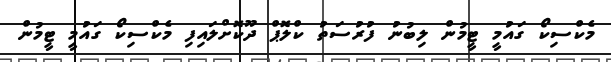
މެކްސިކޯ ގައުމީ ޓީމުން ލިބުނު ފުރުސަތު ކްލޮޕް ދޫކޮށްލައިފި މެކްސިކޯ ގައުމީ ޓީމުން